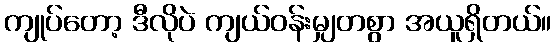
ကျုပ်တော့ ဒီလိုပဲ ကျယ်ဝန်းမျှတစွာ အယူရှိတယ်။